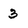
Character: 3